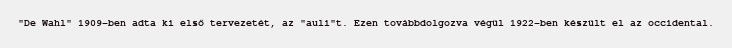
"De Wahl" 1909-ben adta ki első tervezetét, az "auli"t. Ezen továbbdolgozva végül 1922-ben készült el az occidental.